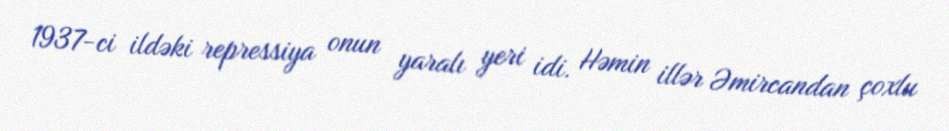
1937-ci ildəki repressiya onun yaralı yeri idi. Həmin illər Əmircandan çoxlu